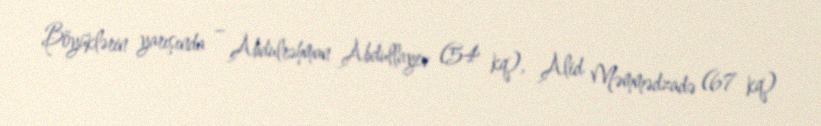
Böyüklərin yarışında – Abdulrəhman Abdullayev (54 kq), Alid Məmmədzadə (67 kq)